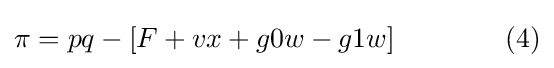
\pi =pq-[F+vx+g0w-g1w]\qquad \qquad (4)